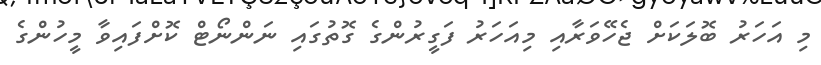
މި އަަހަރު ބޮލަކަށް ޖެހޭވަރާއި މިއަހަރު ފަގީރުންގެ ގޮތުގައި ނަންނޯޓް ކޮށްފައިވާ މީހުންގެ